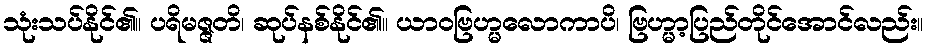
သုံးသပ်နိုင်၏။ ပရိမဇ္ဇတိ၊ ဆုပ်နစ်နိုင်၏။ ယာဝဗြဟ္မလောကာပိ၊ ဗြဟ္မာ့ပြည်တိုင်အောင်လည်း။